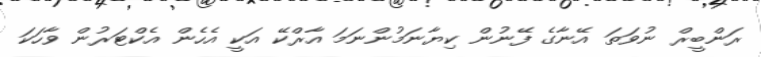
ރަންބީރް ނުވަތަ އޭނާގެ ފޭނުން ކިޔާނަމުންނަމަ އާރްކޭ އަކީ އެހެން އެކްޓަރުން ވާހަކަ